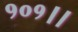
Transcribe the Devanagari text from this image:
१०१।।